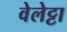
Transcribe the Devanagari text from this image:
वेलेट्टा